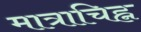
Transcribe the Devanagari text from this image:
मात्राचिह्न